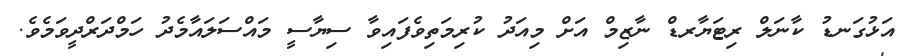
އަޅުގަނޑު ކާނަލް ރިޓަޔާރޑް ނާޒިމް އަށް މިއަދު ކުރިމަތިވެފައިވާ ސިޔާސީ މައްސަލައާމެދު ހަމްދަރްދީވަމެވެ.